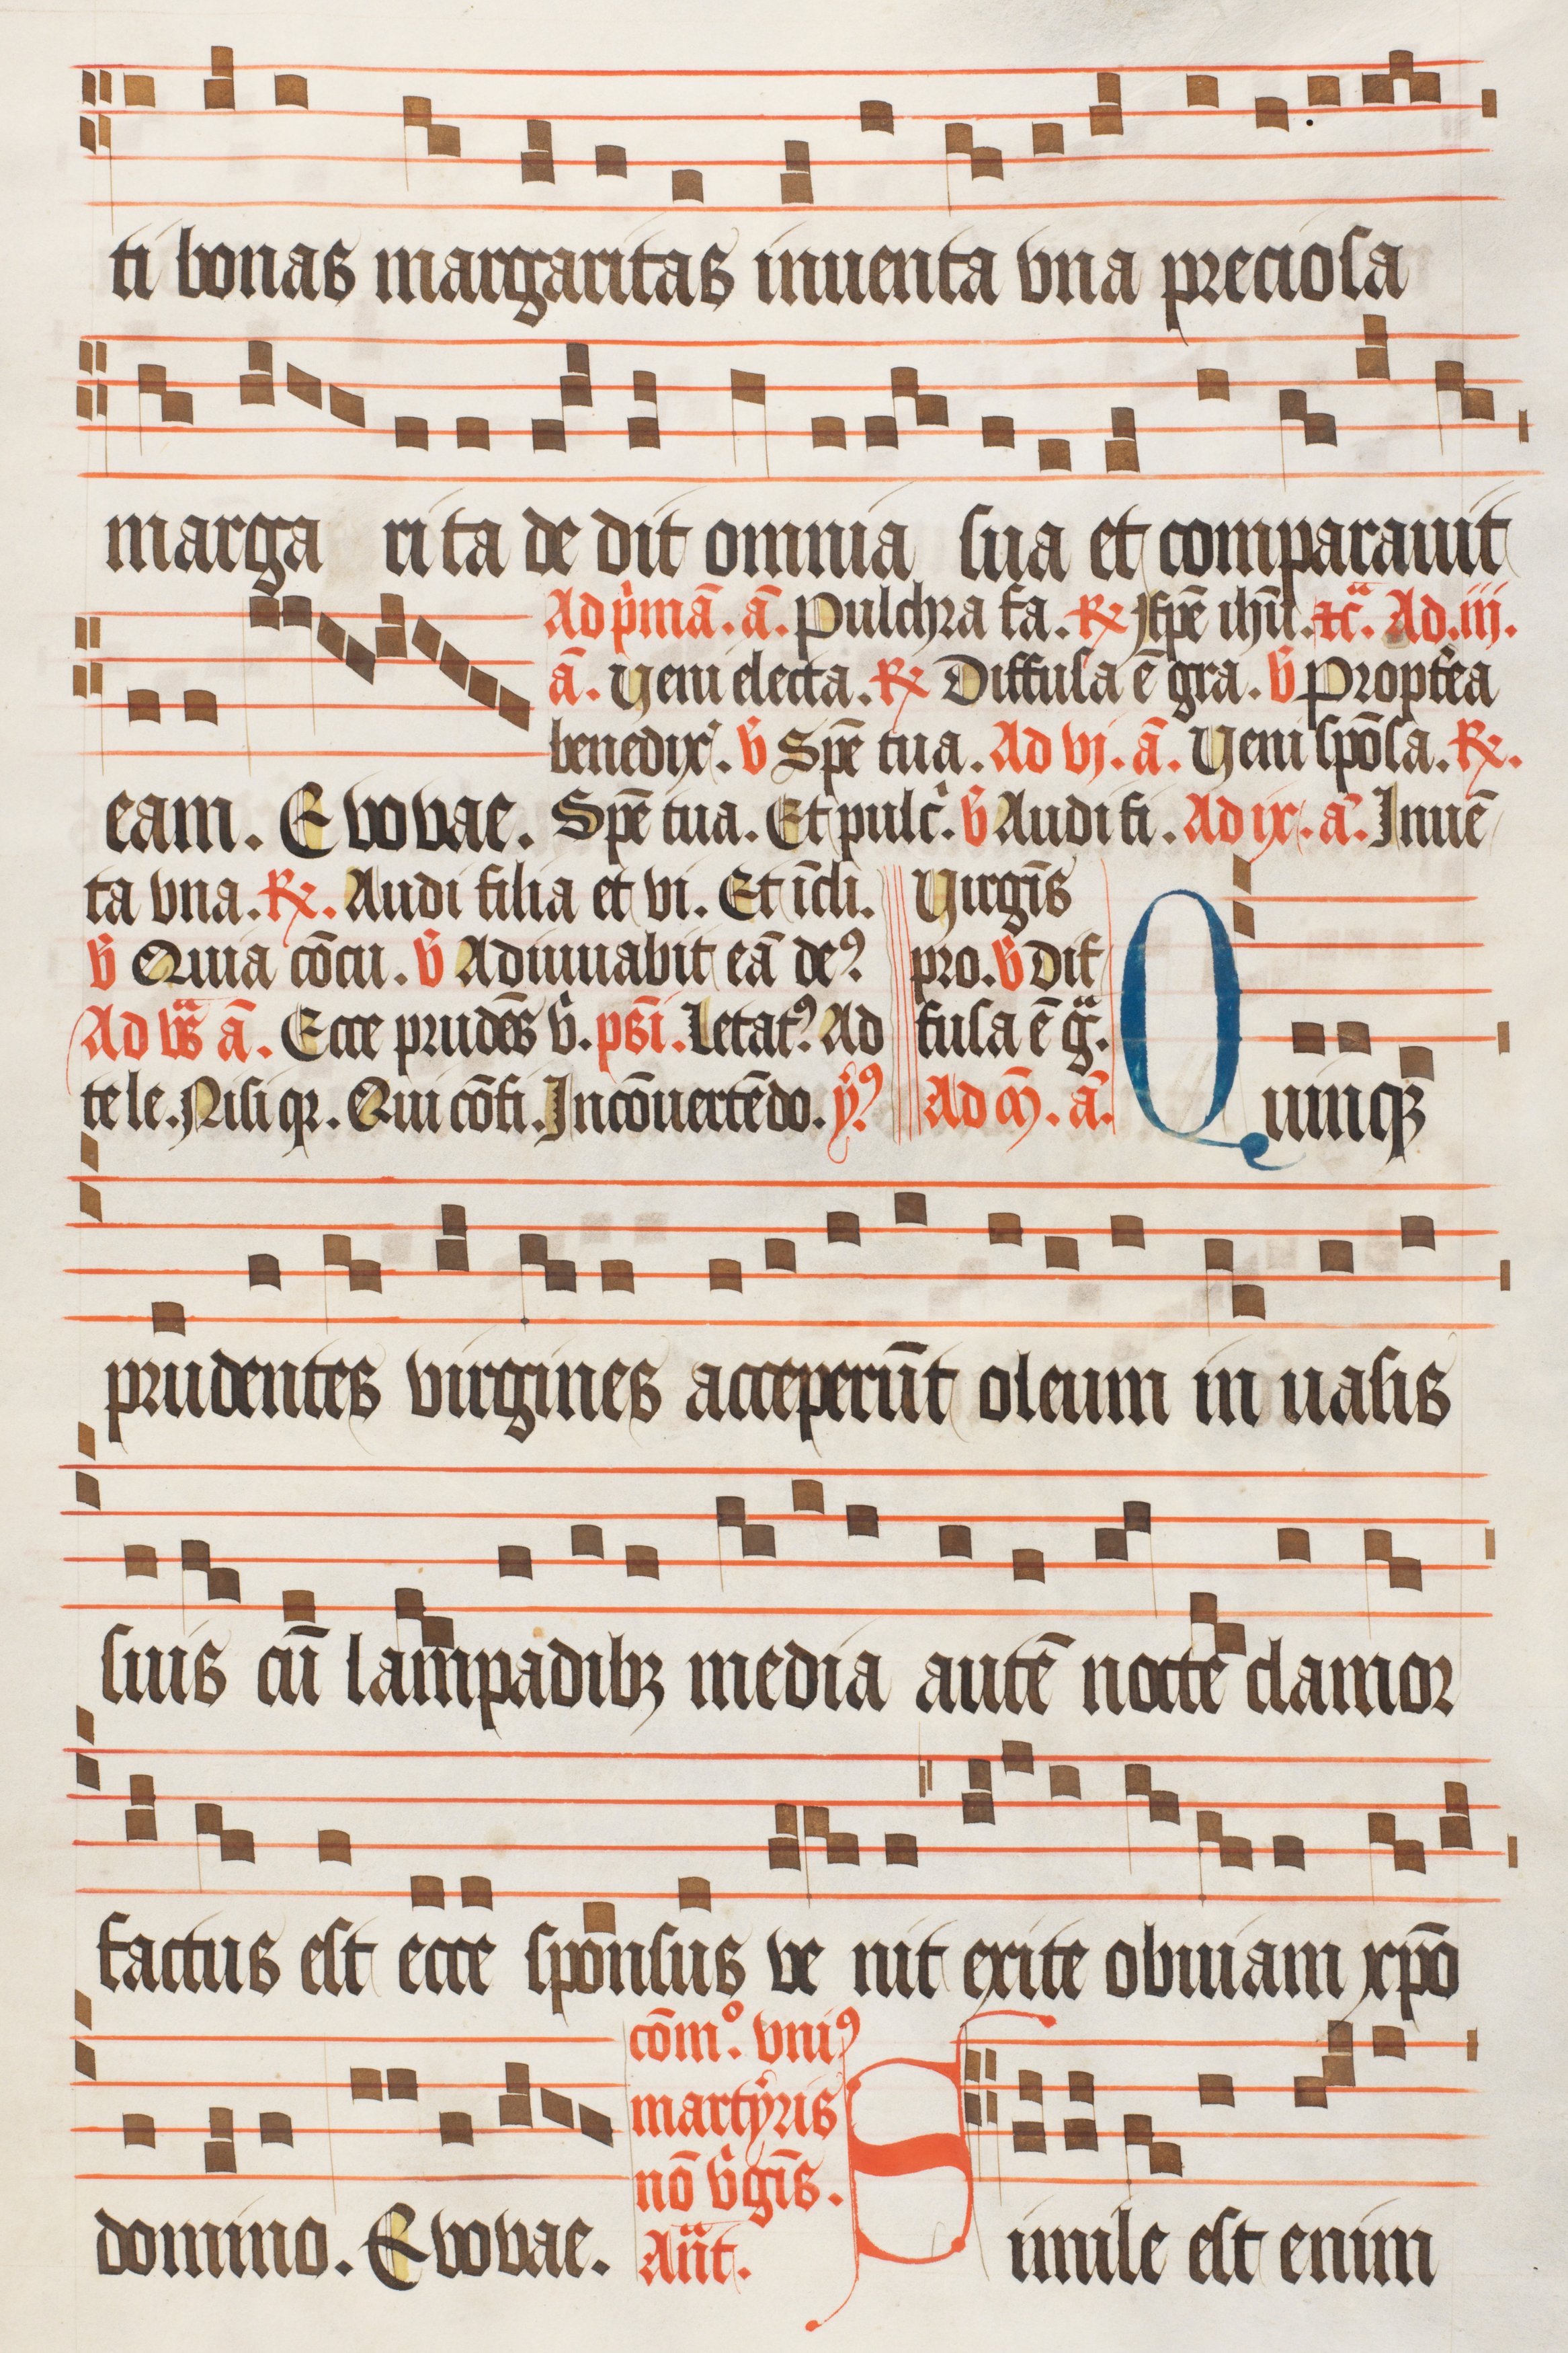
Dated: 1474–1505